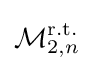
{\mathcal {M}}_{2,n}^{\text{r.t.}}